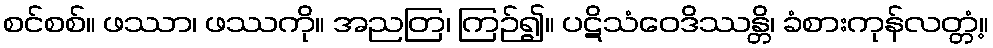
စင်စစ်။ ဖဿာ၊ ဖဿကို။ အညတြ၊ ကြဉ်၍။ ပဋိသံဝေဒိဿန္တိ၊ ခံစားကုန်လတ္တံ့။